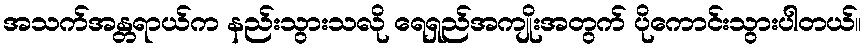
အသက်အန္တရာယ်က နည်းသွားသလို ရေရှည်အကျိုးအတွက် ပိုကောင်းသွားပါတယ်။